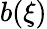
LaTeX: b(\xi)